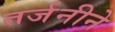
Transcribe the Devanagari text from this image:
तर्जनीने